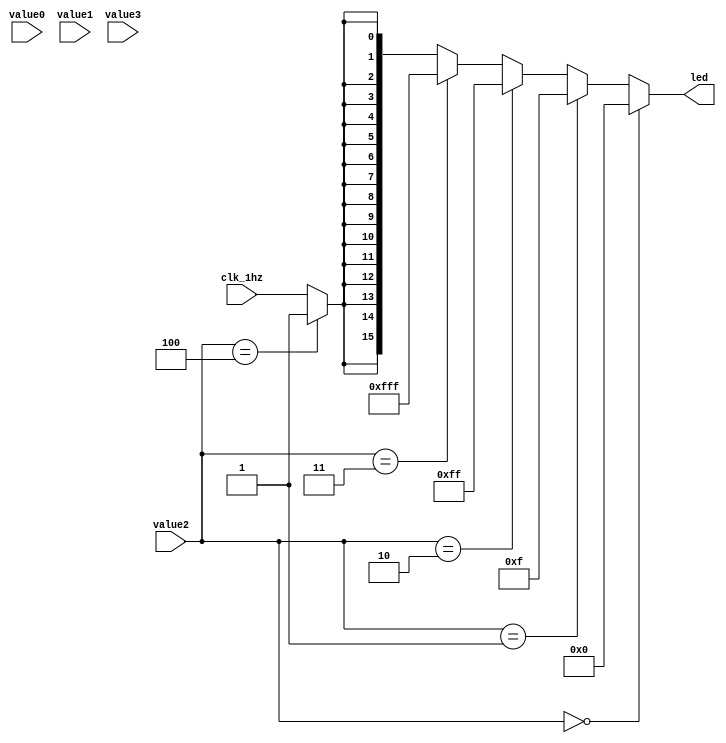
`timescale 1ns / 1ps
//////////////////////////////////////////////////////////////////////////////////
// Company: 
// Engineer: 
// 
// Design Name: 
// Module Name: led_controller
// Project Name: 
// Target Devices: 
// Tool Versions: 
// Description: 
// 
// Dependencies: 
// 
// Revision:
// Revision 0.01 - File Created
// Additional Comments:
// 
//////////////////////////////////////////////////////////////////////////////////


module led_controller(value0, value1, value2, value3, clk_1hz, led);
    input [3:0] value0;
    input [3:0] value1;
    input [3:0] value2;
    input [3:0] value3;
    input clk_1hz;
    output [15:0] led;
    
    reg [7:0] value;
    reg [15:0] led;
    
    
    
    always @* begin
        if(value2 == 4'd0)
            led = 16'b0;
        else if(value2 == 4'd1)
            led = 16'b0000_0000_0000_1111;
        else if(value2 == 4'd2)
            led = 16'b0000_0000_1111_1111;
        else if(value2 == 4'd3)
            led = 16'b0000_1111_1111_1111;
        else if(value2 == 4'd4)
            led = 16'b1111_1111_1111_1111;
        else begin
            led[0] = clk_1hz;
            led[1] = clk_1hz;
            led[2] = clk_1hz;
            led[3] = clk_1hz;
            led[4] = clk_1hz;
            led[5] = clk_1hz;
            led[6] = clk_1hz;
            led[7] = clk_1hz;
            led[8] = clk_1hz;
            led[9] = clk_1hz;
            led[10] = clk_1hz;
            led[11] = clk_1hz;
            led[12] = clk_1hz;
            led[13] = clk_1hz;
            led[14] = clk_1hz;
            led[15] = clk_1hz;
        end
    end
    
endmodule